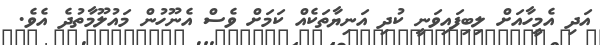
އަދި އެމީހާއަށް ލިބިފައިވަނީ ކުދި އަނިޔާތަކެއް ކަމަށް ވެސް އެނޫހުން މައުލޫމާތުދެ އެވެ.